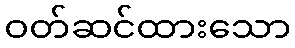
ဝတ်ဆင်ထားသော